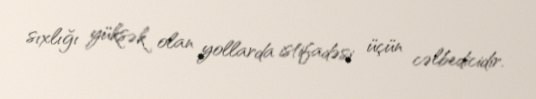
sıxlığı yüksək olan yollarda istifadəsi üçün cəlbedicidir.